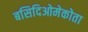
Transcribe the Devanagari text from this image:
बसिदिओमेकोता